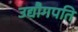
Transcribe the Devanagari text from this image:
उद्यौगपति